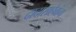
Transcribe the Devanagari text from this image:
दादासाहेबांना